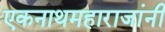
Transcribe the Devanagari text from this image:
एकनाथमहाराजांनी